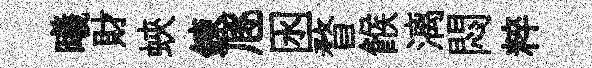
曦財蛺鍊豗囦瞀餱漓悶粹